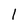
Character: 1